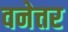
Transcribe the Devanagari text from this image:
वनेत्तर